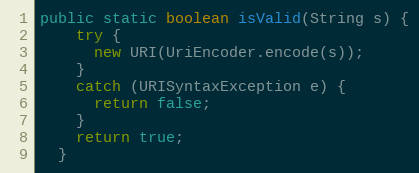
Language: Java
public static boolean isValid(String s) {
    try {
      new URI(UriEncoder.encode(s));
    }
    catch (URISyntaxException e) {
      return false;
    }
    return true;
  }